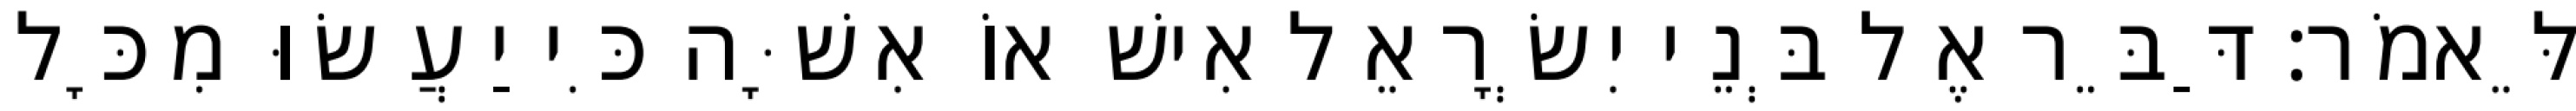
לֵּאמֹר׃ דַּבֵּר אֶל בְּנֵי יִשְׂרָאֵל אִישׁ אוֹ אִשָּׁה כִּי יַעֲשׂוּ מִכָּל